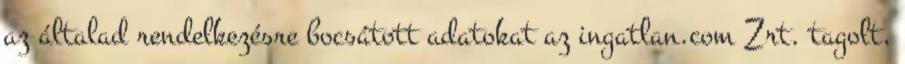
az általad rendelkezésre bocsátott adatokat az ingatlan.com Zrt. tagolt,